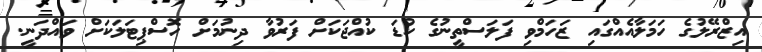
އިޒްރޭލުގެ ހަމަލާއެއްގައި ޒަހަމްވި ފަލަސްތީނުގެ ކުޑަ ކުއްޖަކަށް ފަރުވާ ދިނުމަށް ހޮސްޕިޓަލަކަށް ވައްދަނީ.